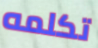
تكلمه